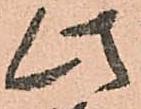
此